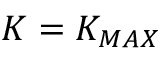
K = K _ { M A X }